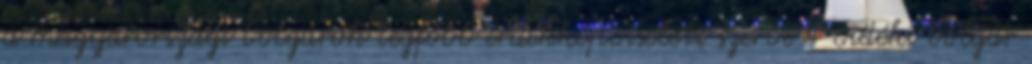
a magyarországi bolgárok legfőbb érdekképviseleti szerve 4 vidéki bolgár